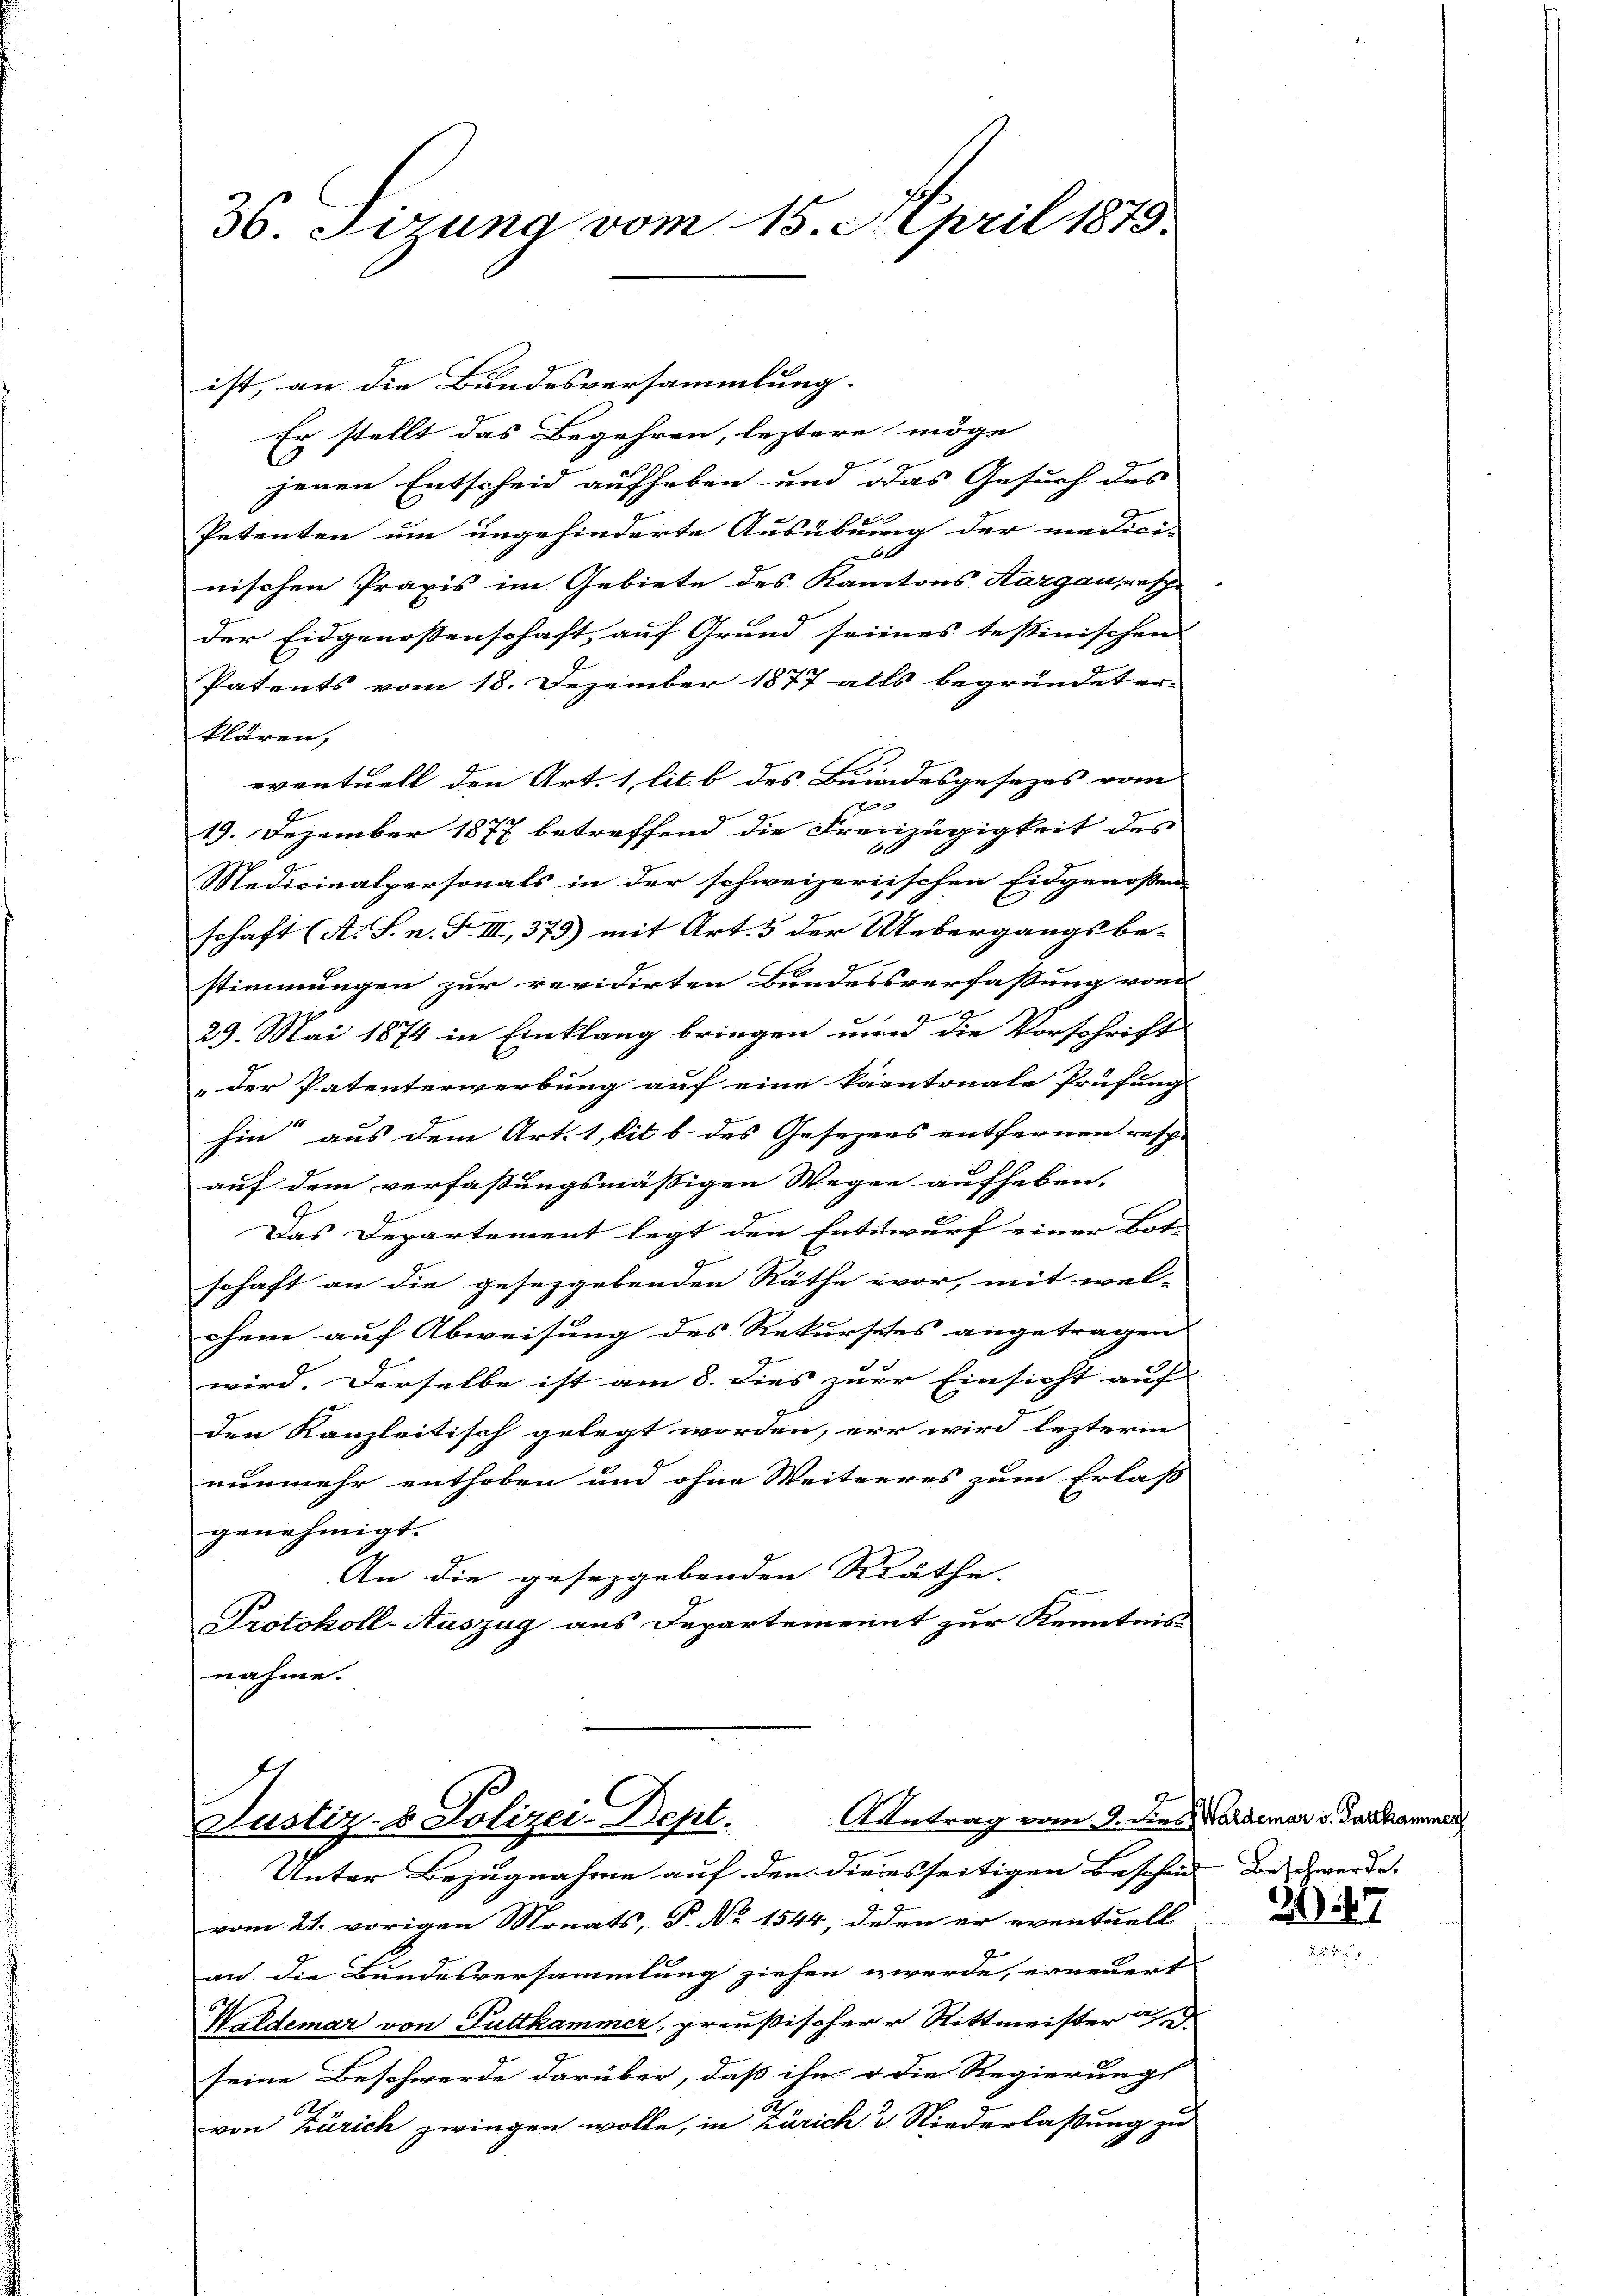
36. Sizung vom 15. April 1875.

ist, an die Bundesversammlung.
Er stellt das Begehren, leztere möge
l
jenen Entscheid aufheben und das Gesuch des
Petenten um ungehinderte Ausübung der medici-
l
nischen Praxis im Gebiete des Kantons Aargau, resp.
der Eidgenossenschaft, auf Grund seines Teßinischen
Patents vom 18. Dezember 1877 alls begründet er-
klären,
eventuell den Art. 1 lit. b des Bundesgesezes vom
1
19. Dezember 1877 betreffend die Freizügigkeit des
Medicinalpersonals in der schweizerischen Eidgenoßen
schaft (A. S. n. F. III, 379) mit Art. 5 der Uebergangsbe-
stimmungen zur revidirten Bundessverfassung von
29. Mai 1874 in Einklang bringen und die Vorschrift
„der Patenterwerbung auf eine kantonale Prüfung
hin aus dem Art. 1, lit. b des Gesezens entfernen resche
auf dem verfassungsmässigen Wegen aufheben.
Das Departement legt den Entwurf einer Bot-
schaft an die gesezgebenden Räthe vor, mit wel-
chene auf Abweisung des Rekursches angetragen. |
wird. Derselbe ist am 8. dies zur Einsicht auf |
den Kanzleitisch gelegt worden, er wird lezterm
nunmehr enthoben und ohne Weiteres zum Erlass
genehmigt.
An die gesezgebenden Räthe.
Protokoll-Auszug aus Departemennt zur Kenntnis
nahme.

Antrag vom 9. dies Waldemar v. Furkammer
Justiz- & Polizei Dept.
Unter Bezugnahme auf den diensseitigen Bescheid den werde.

7
vom 21. vorigen Monats, P. Nr. 1544, desen er eventuell
an die Bundesversammlung ziehen werde, erneuert
h
Waldemar von Futtkammer, preußischer Rittmeister
seine Beschwerde darüber, daß ihn u die Regierungs
6
von Zürich zwingen wolle, in Zürich. G. Niederlassung zu

2047